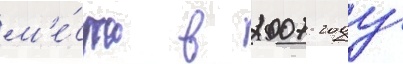
м'е́сто в 2007 году